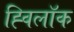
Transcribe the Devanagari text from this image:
ह्विलॉक